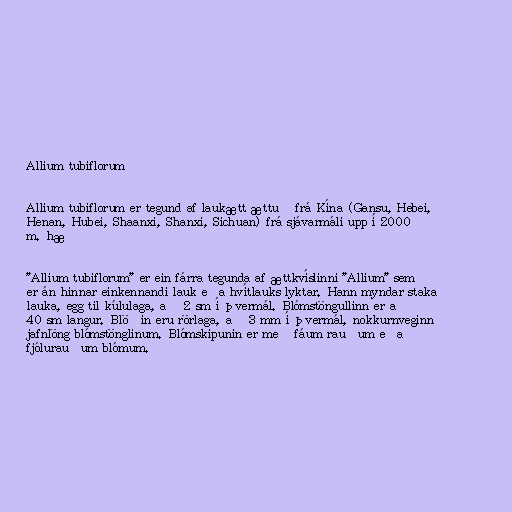
Allium tubiflorum

Allium tubiflorum er tegund af laukætt ættuð frá Kína (Gansu, Hebei,
Henan, Hubei, Shaanxi, Shanxi, Sichuan) frá sjávarmáli upp í 2000
m. hæð

"Allium tubiflorum" er ein fárra tegunda af ættkvíslinni "Allium" sem
er án hinnar einkennandi lauk eða hvítlauks lyktar. Hann myndar staka
lauka, egg til kúlulaga, að 2 sm í þvermál. Blómstöngullinn er að
40 sm langur. Blöðin eru rörlaga, að 3 mm í þvermál, nokkurnveginn
jafnlöng blómstönglinum. Blómskipunin er með fáum rauðum eða
fjólurauðum blómum.